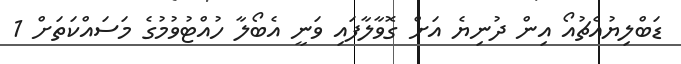
ޑަބްލިޔުއެޗުއޯ އިން ދުނިޔެ އަށް ގޮވާލާފައި ވަނީ އެބޯލާ ހުއްޓުވުމުގެ މަސައްކަތަށް 1